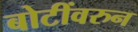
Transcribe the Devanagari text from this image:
बोटींवरुन